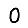
Digit: 0